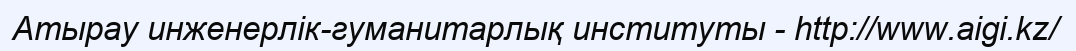
Атырау инженерлік-гуманитарлық институты - http://www.aigi.kz/